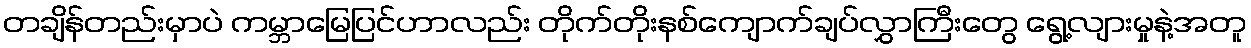
တချိန်တည်းမှာပဲ ကမ္ဘာမြေပြင်ဟာလည်း တိုက်တိုးနစ်ကျောက်ချပ်လွှာကြီးတွေ ရွေ့လျားမှုနဲ့အတူ